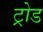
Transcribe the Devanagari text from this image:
ट्रोड